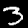
Digit: 3